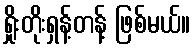
ရှိုးတိုးရှန့်တန့် ဖြစ်မယ်။